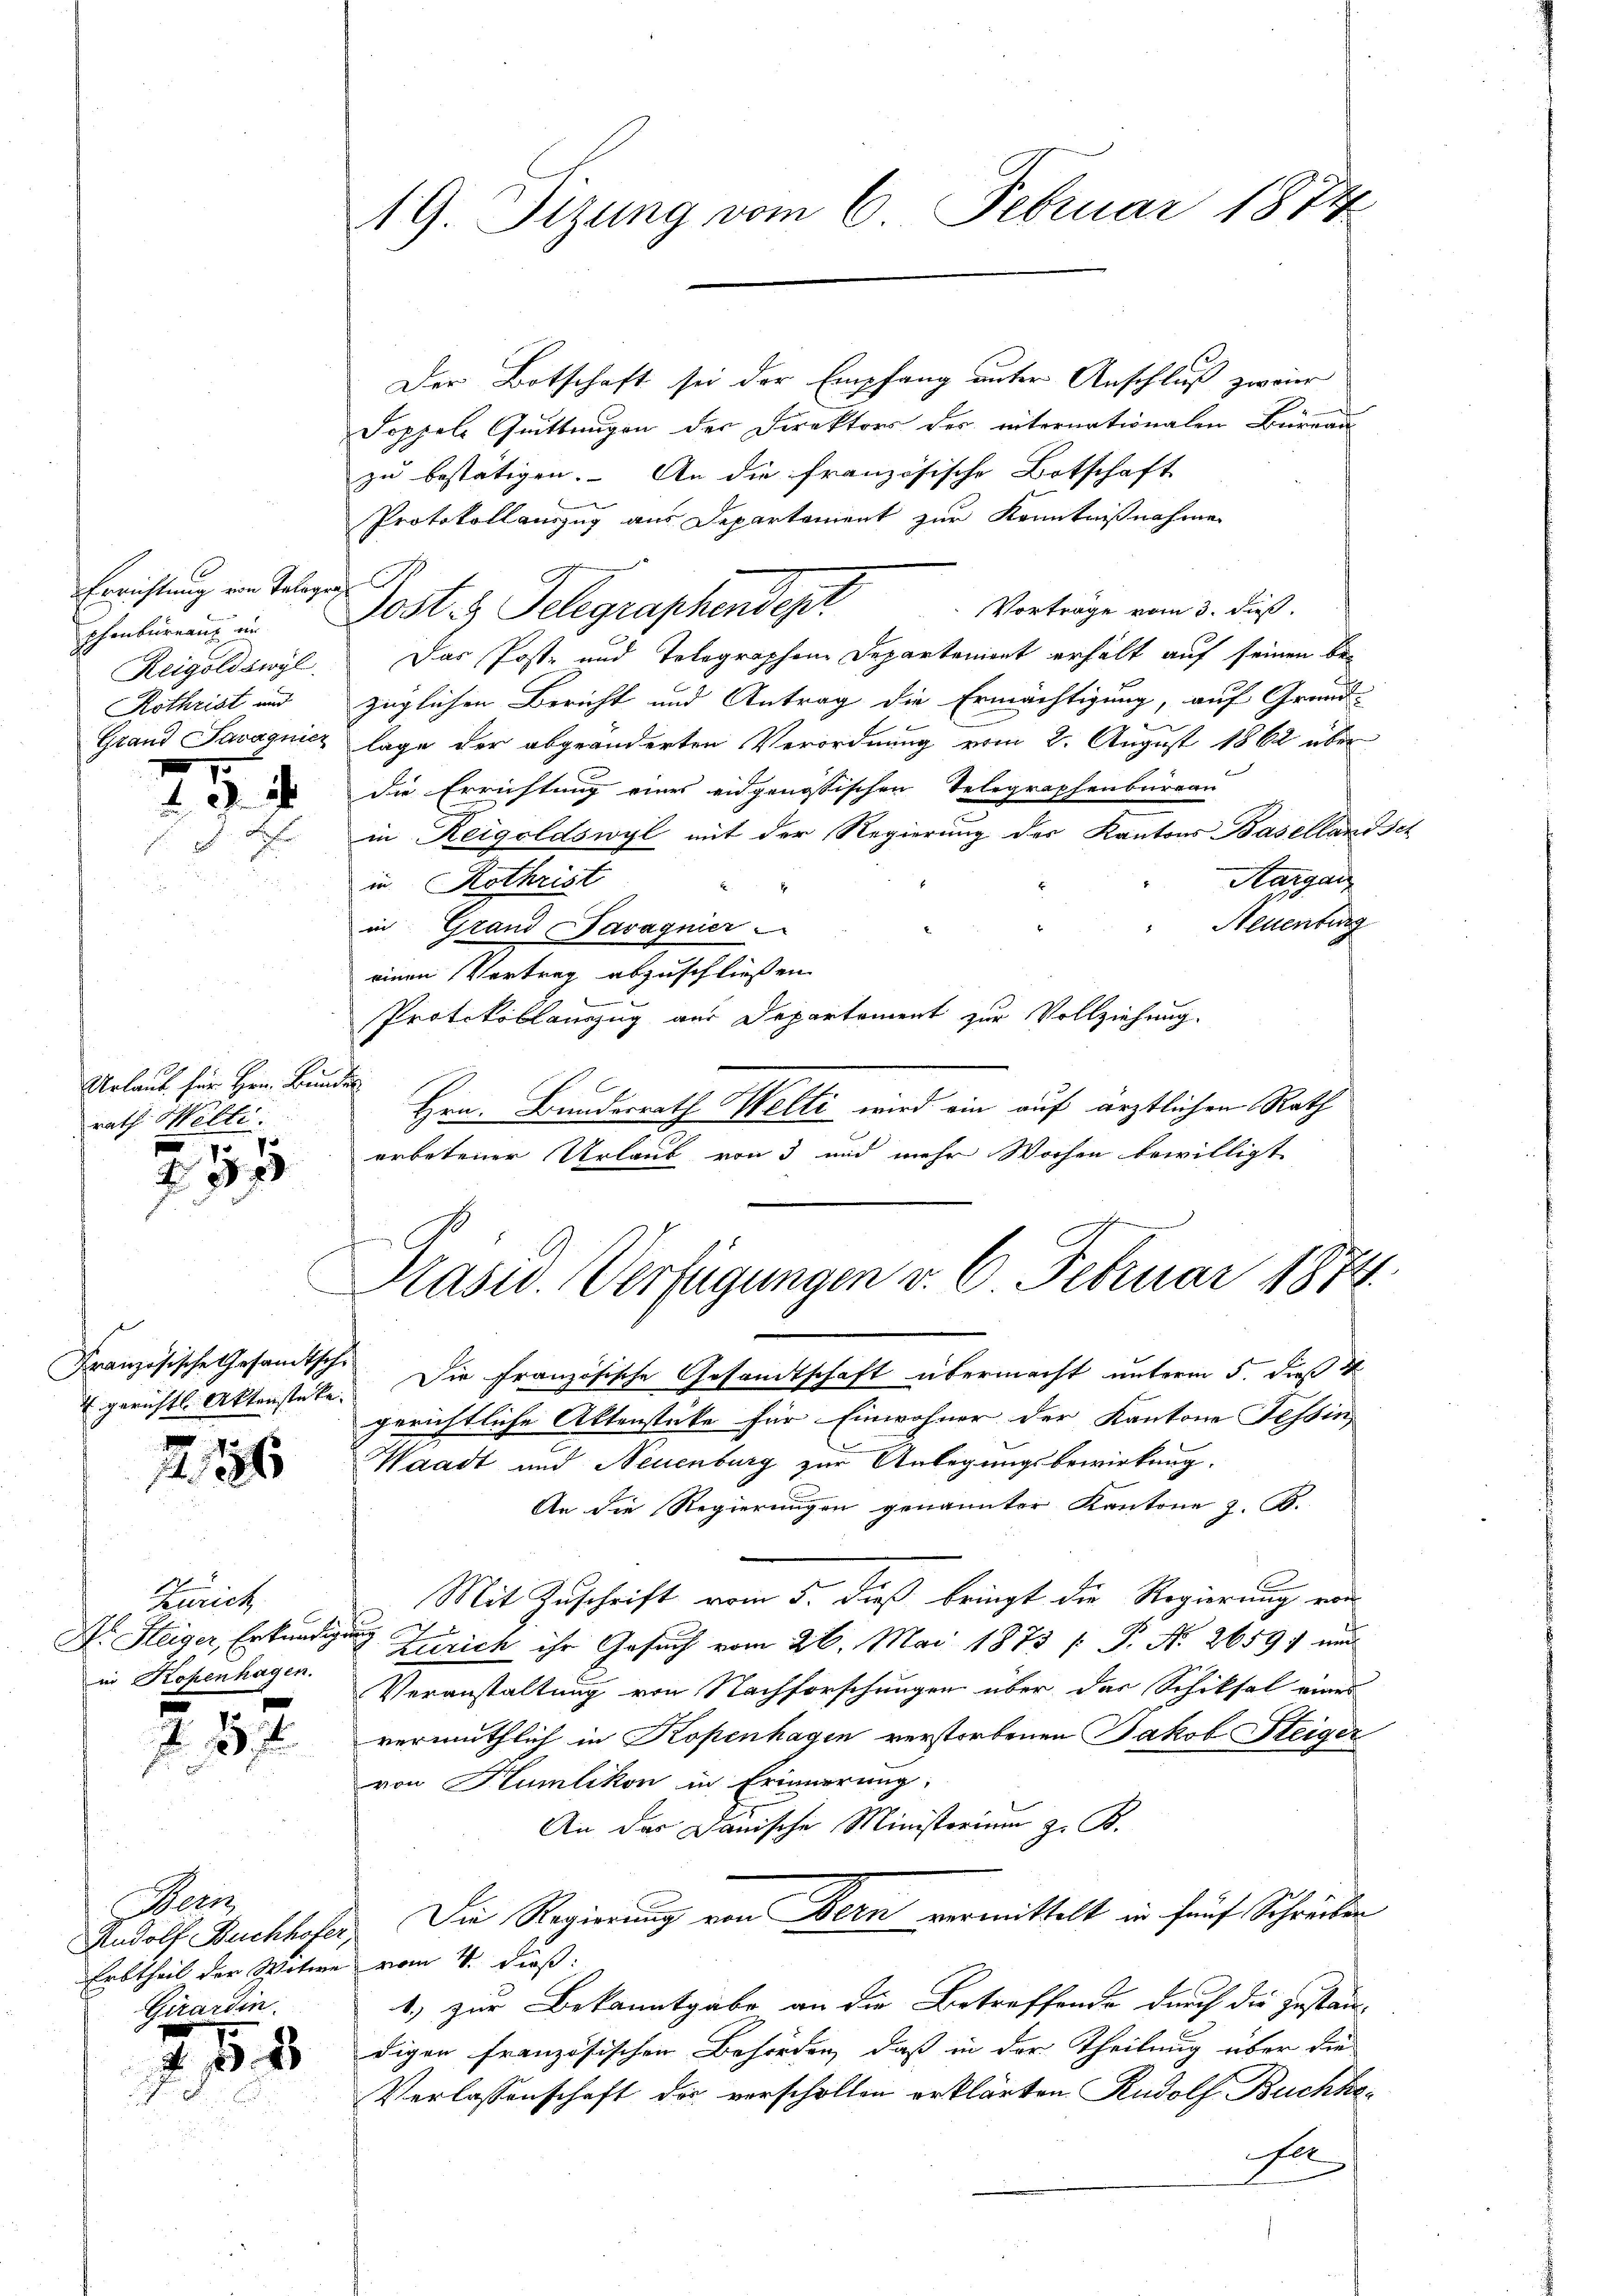
Errichtung von Telegen
phenbüreau im
Reigoldswyl
Rothriat und
7.

2

Urlaub für Hrn. Bunden
rath Welti.
s

117

Französische Gesandtschi-

186

Zürich
in Kopenhagen.

57

Beei
Girardin

5

Der Botschaft sei der Empfang unter Anschluß zwair
Doppele Quittungen der Direktors des internationalen Bureau-
zu bestätigen. An die französische Botschaft
Protokollauszug aus Departement zur Kenntnißnahmen
Vorträge vom 3. dieß.
Post z. Telegraphendepr
Das Post- und Telegraphen Departement erhält auf seinen bezüglichen Bericht und Antrag die Ermächtigung, auf Grund-
i
Stand Savaqnicz lage der abgeänderten Verordnung vom 2. August 1862 über
die Errichtung eines eidgenössischen Telegraphenbureau
in Reigoldswyl mit der Regierung der Kantons Basellandsch
Aargau
in Rothrist
Neuenburg
in Grand avagnier
einen Vertrag abzuschließen
Protokollanzug aus Departement zur Vollziehung.
Hrn. Bundesrath Helti wird ein auf ärztlichen Rath
erbotener Urlaub von 3 und mehr Wochen bewilligt

Erbtheil der Witwe vom 4. dieß:

19. Sizung vom 6. Februar 1872

gerichtl. Aktenstücke. Die Französische Gesandtschaft übermacht unterm 5. dieß v
gerichtliche Aktenstüke für Einwohner der Kantone Tessin,
Waadt und Neuenburg zur Anlegungsbewirkung.
An die Regierungen genannter Kantone z. B.
Mit Zuschrift vom 5. dieß bringt die Regierung von
2
 Steiger, Erkundigung Zürich ihr Gesuch vom 26. Mai 1873 [ P. Nr. 26591 und
Veranstaltung von Nachforschungen über das Schiksal eines
vermuthlich in Kopenhagen verstorbenen Jakob Steiger
von Humlikon in Erinnerung:
An das Danische Ministorium z. B.
Rudolf Buchhofer. Die Regierung von Bern vermittelt in fünf Schreiben
1) zur Bekanntgabe an die Betreffende durch die Zustan-
digen französischen Behörden, daß in der Theilung über die
Verlassenschaft das verscholten erklärten Rudolf Buchba¬
Fa

Kasw. Verfügungen v. 6. Februar 1874.